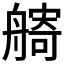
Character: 𦪌